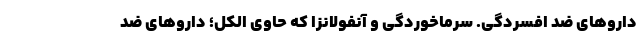
داروهای ضد افسردگی. سرماخوردگی و آنفولانزا که حاوی الکل؛ داروهای ضد